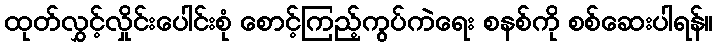
ထုတ်လွှင့်လှိုင်းပေါင်းစုံ စောင့်ကြည့်ကွပ်ကဲရေး စနစ်ကို စစ်ဆေးပါရန်။